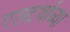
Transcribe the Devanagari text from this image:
एतदर्थाच्या